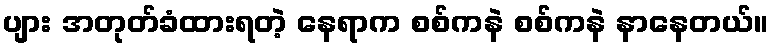
ပျား အတုတ်ခံထားရတဲ့ နေရာက စစ်ကနဲ စစ်ကနဲ နာနေတယ်။